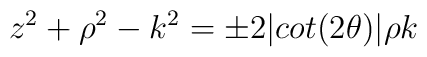
z^2 + \rho ^2 - k^2 = \pm 2 \vert cot (2 \theta ) \vert \rho k